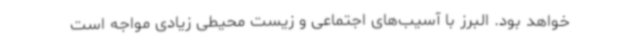
خواهد بود. البرز با آسیب‌های اجتماعی و زیست محیطی زیادی مواجه است